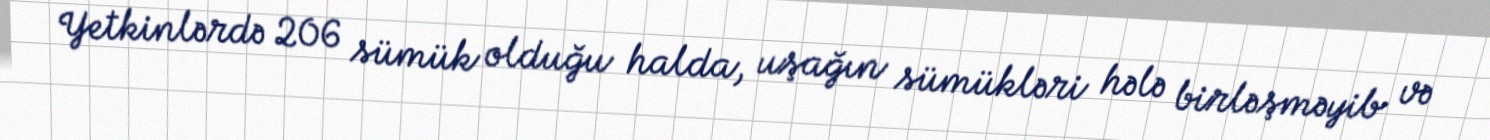
Yetkinlərdə 206 sümük olduğu halda, uşağın sümükləri hələ birləşməyib və